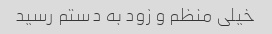
خیلی منظم و زود به دستم رسید